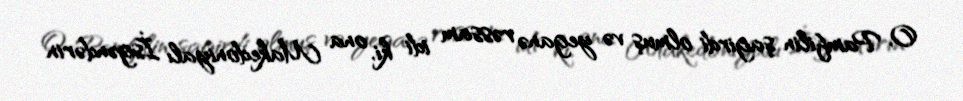
O, Pamfilin şagirdi olmuş və yeganə rəssam idi ki, ona Makedoniyalı İsgəndərin